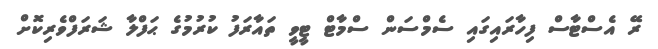
ރޭ އެސްޓާސް ފިހާރައިގައި ސެމްސަން ސްމާޓް ޓީވީ ތައާރަފު ކުރުމުގެ ޙަފްލާ ޝަރަފްވެރިކޮށް